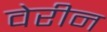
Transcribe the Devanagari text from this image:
वेरीन